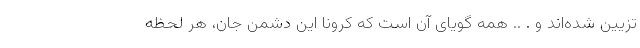
تزیین شده‌اند و . .. همه گویای آن است که کرونا این دشمن جان، هر لحظه